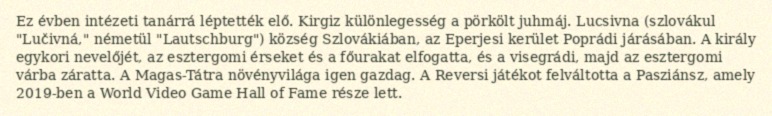
Ez évben intézeti tanárrá léptették elő. Kirgiz különlegesség a pörkölt juhmáj. Lucsivna (szlovákul "Lučivná," németül "Lautschburg") község Szlovákiában, az Eperjesi kerület Poprádi járásában. A király egykori nevelőjét, az esztergomi érseket és a főurakat elfogatta, és a visegrádi, majd az esztergomi várba záratta. A Magas-Tátra növényvilága igen gazdag. A Reversi játékot felváltotta a Pasziánsz, amely 2019-ben a World Video Game Hall of Fame része lett.